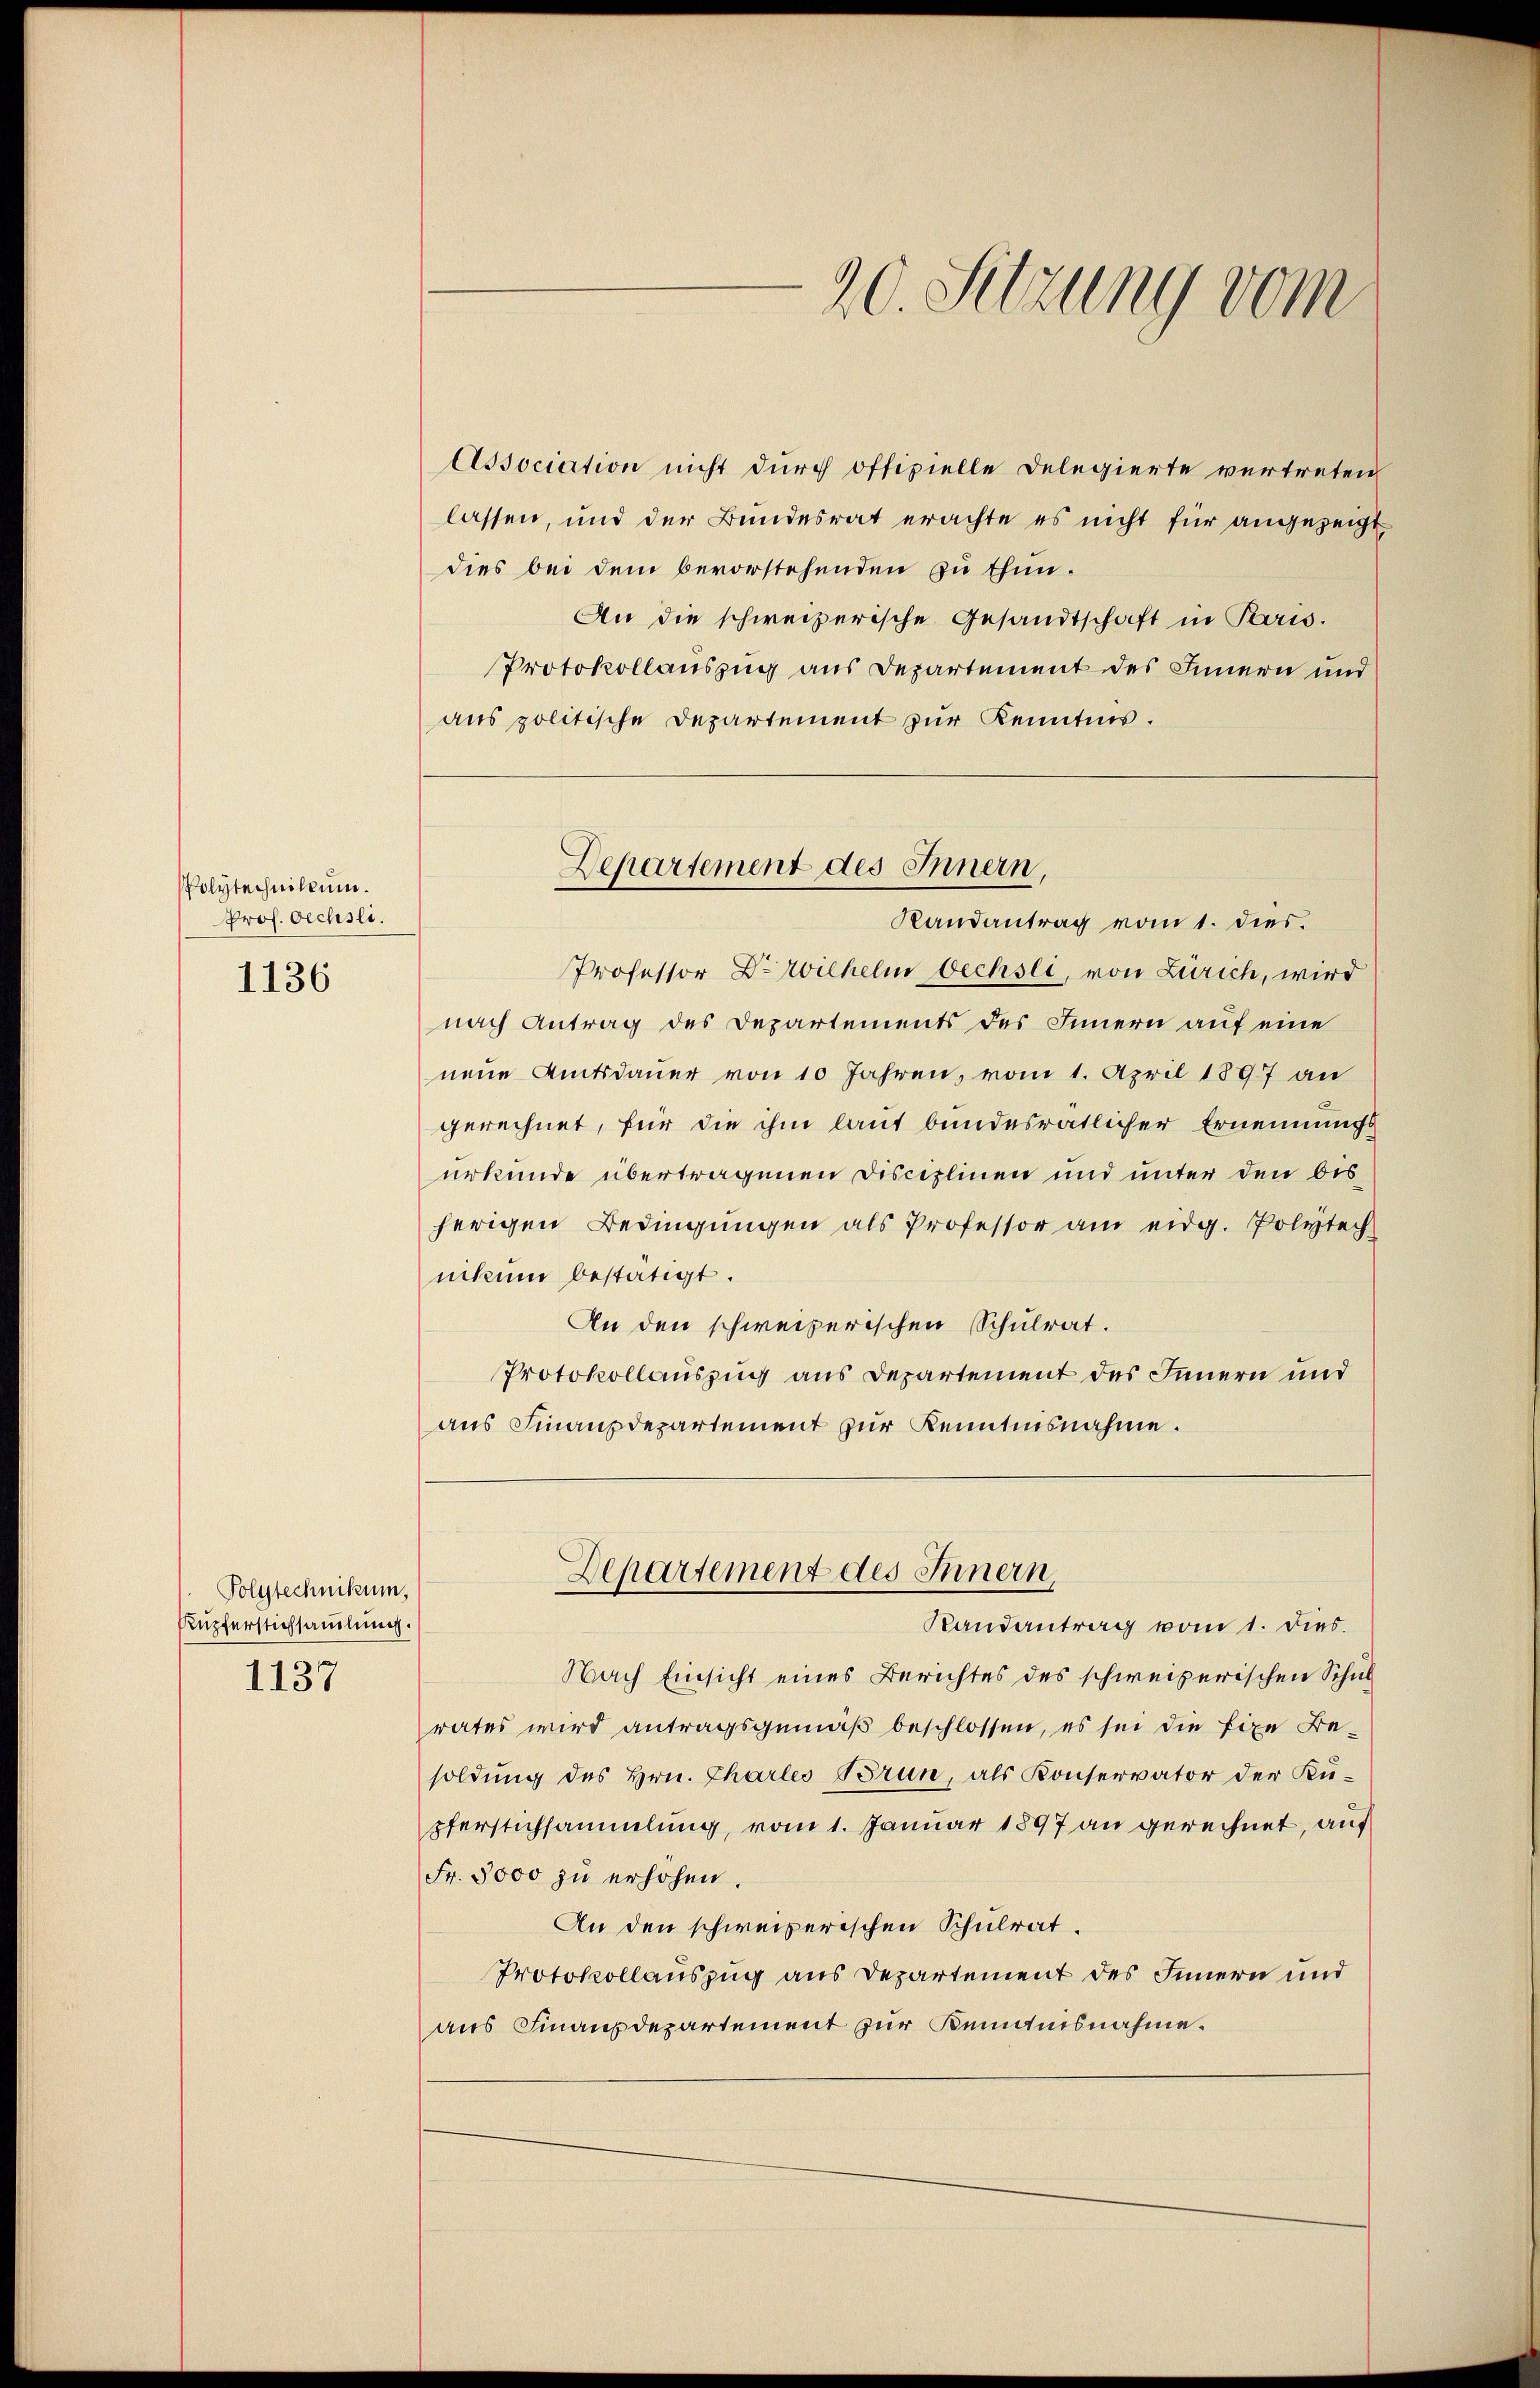
spolytechnikum.
Prof. Oechsli.

1136

Polytechnikum,
Rupferstichsamlung.
1137

20. Sitzung vom

Association nicht durch offizielle Delegierte vertreten
lassen, und der Bundesrat erachte es nicht für angezeigt
dies bei dem bevorstehenden zu thun¬
An die schweizerische Gesandtschaft in Paris.
Protokollauszug aus Departement des Innern und
aus politische Departement zur Kenntnis.
Professor Dr Wilhelm Oechsli, von Zürich, wird
nach Antrag des Departements des Innern auf eine
neue Amtsdauer von 10 Jahren, vom 1. April 1897 an
gerechnet, für die ihm laut bundesratlicher Ernennungsurkunde übertragenen Disciplinen und unter den bisherigen Bedingungen als Professor am eidg. Polytech
nikum bestätigt.
An den schweizerischen Schulrat.
Protokollauszug aus Departement des Innern und
aus Finanzdepartement zur Kenntnisnahme.
Departement des Innern,
Randantrag vom 1. dies.
Nach Einsicht eines Berichtes des schweizerischen Schul
rates wird antragsgemäß beschlossen, es sei die fixe Be-
soldung des Hrn. Chartes Brun, als Konservator der Küpferstichsammlung, vom 1. Januar 1897 an gerechnet, auf
Fr. 5000 zu erhöhen.
An den schweizerischen Schulrat.
Protokollauszug aus Departement des Innern und
aus Finanzdepartement zur Kenntnisnahme.

Departement des Innern,
Randantrag vom 1. dies.